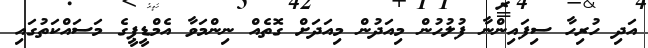
އަދި ހުރިހާ ސިފައިންނާ ފުލުހުން މިއަދުން މިއަދަށް ގޮތެއް ނިންމަވާ އެމްޑީޕީގެ މަސައްކަތުގައި